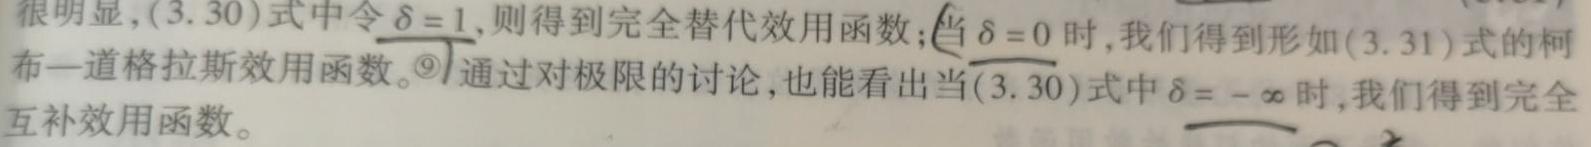
很明显，(3.30)式中令$\delta = 1$,则得到完全替代效用函数;当$\delta = 0$时,我们得到形如(3.31)式的柯布—道格拉斯效用函数。通过对极限的讨论,也能看出当(3.30)式中$\delta = -\infty$时,我们得到完全互补效用函数。